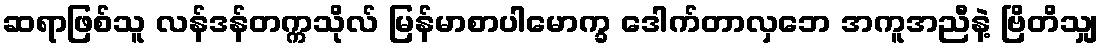
ဆရာဖြစ်သူ လန်ဒန်တက္ကသိုလ် မြန်မာစာပါမောက္ခ ဒေါက်တာလှဘေ အကူအညီနဲ့ ဗြိတိသျှ